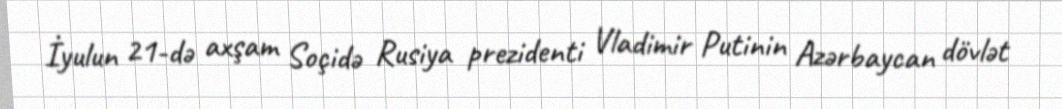
İyulun 21-də axşam Soçidə Rusiya prezidenti Vladimir Putinin Azərbaycan dövlət